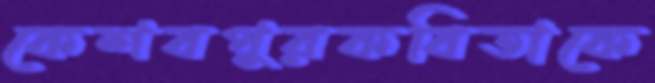
কেশবপুরকবিতাকে